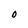
Character: O